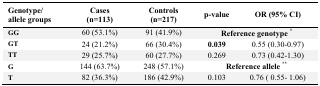
| Genotype/allele groups | Cases (n=113) | Controls (n=217) | p-value | OR (95% CI) |
 | --- | --- | --- | --- | --- |
 | GG | 60 (53.1%) | 91 (41.9%) | <COLSPAN=2> Reference genotype* |
 | GT | 24 (21.2%) | 66 (30.4%) | 0.039 | 0.55 (0.30–0.97) |
 | TT | 29 (25.7%) | 60 (27.7%) | 0.269 | 0.73 (0.42–1.30) |
 | G | 144 (63.7%) | 248 (57.1%) | <COLSPAN=2> Reference allele** |
 | T | 82 (36.3%) | 186 (42.9%) | 0.103 | 0.76 (0.55– 1.06) |